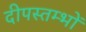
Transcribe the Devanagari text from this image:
दीपस्तम्भों